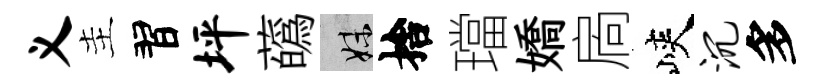
义主習坪蘤妹捨璫嬌扄峽沉多